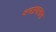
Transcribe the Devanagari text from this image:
जलप्रवासास